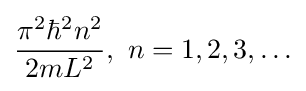
{\frac {\pi ^{2}\hbar ^{2}n^{2}}{2mL^{2}}},\,\,n=1,2,3,\ldots